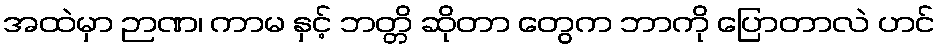
အထဲမှာ ဉာဏ၊ ကာမ နှင့် ဘတ္တိ ဆိုတာ တွေက ဘာကို ပြောတာလဲ ဟင်